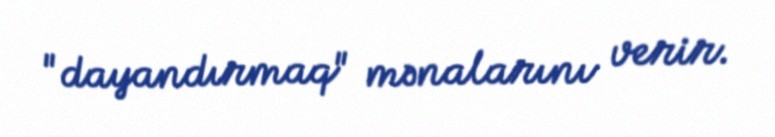
"dayandırmaq" mənalarını verir.